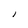
Character: l